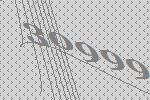
30999